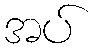
အပ်